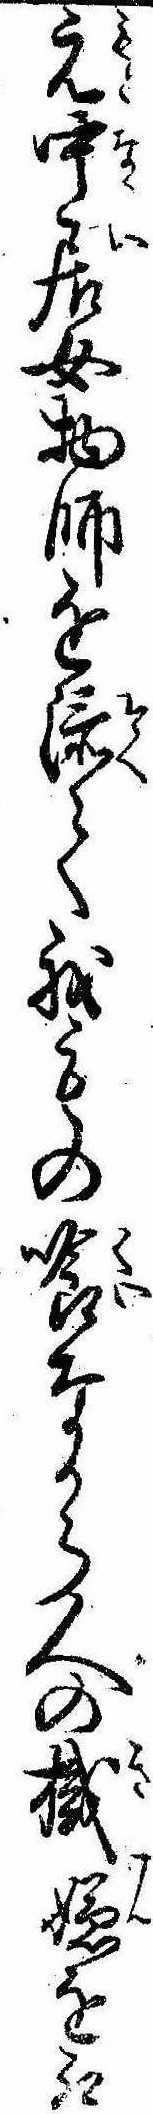
元中居女物師を添て我もの喰なから人の機嫌を取